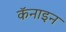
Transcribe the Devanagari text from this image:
कॅनाइन